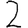
Digit: 2